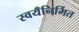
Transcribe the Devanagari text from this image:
स्वयँनिर्मित